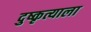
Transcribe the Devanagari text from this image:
दुष्कृत्याला